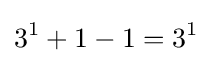
3^{1}+1-1=3^{1}